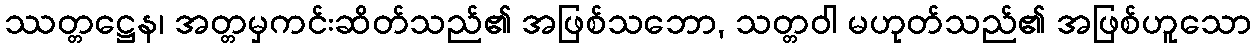
ဿတ္တဋ္ဌေန၊ အတ္တမှကင်းဆိတ်သည်၏ အဖြစ်သဘော, သတ္တဝါ မဟုတ်သည်၏ အဖြစ်ဟူသော